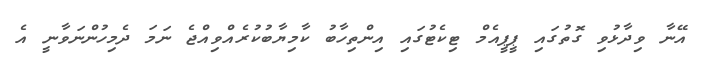
އޭނާ ވިދާޅުވި ގޮތުގައި ޕީޕީއެމް ޓިކެޓުގައި އިންތިހާބު ކާމިޔާބުކުރެއްވިއްޖެ ނަމަ ދެމިހުންނަވާނީ އެ